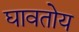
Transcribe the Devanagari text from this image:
घावतोय